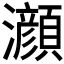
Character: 𤄰